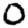
Digit: 0